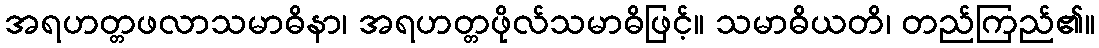
အရဟတ္တဖလာသမာဓိနာ၊ အရဟတ္တဖိုလ်သမာဓိဖြင့်။ သမာဓိယတိ၊ တည်ကြည်၏။